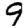
Digit: 9